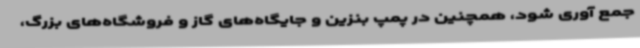
جمع آوری شود، همچنین در پمپ بنزین و جایگاه‌های گاز و فروشگاه‌های بزرگ،